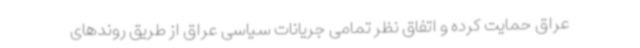
عراق حمایت کرده و اتفاق نظر تمامی جریانات سیاسی عراق از طریق روندهای